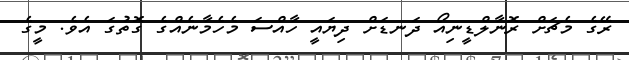
ރޭގެ މެޗަށް ރޮނާލްޑީނިއޯ ދަނޑަށް ދިޔައީ ހާއްސަ މެހެމާނެއްގެ ގޮތުގަ އެވެ. މީގެ